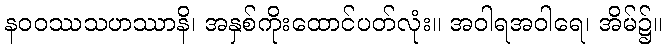
နဝဝဿသဟဿာနိ၊ အနှစ်ကိုးထောင်ပတ်လုံး။ အဝါရအဝါရေ၊ အိမ်၌။